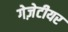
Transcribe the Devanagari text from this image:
गेज़ेटीयर